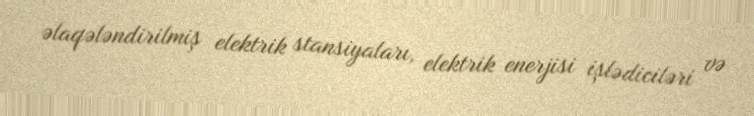
əlaqələndirilmiş elektrik stansiyaları, elektrik enerjisi işlədiciləri və